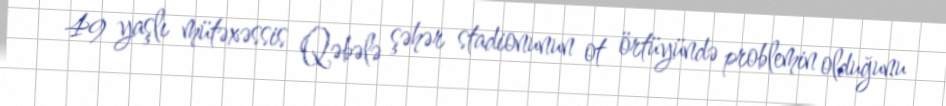
49 yaşlı mütəxəssis Qəbələ şəhər stadionunun ot örtüyündə problemin olduğunu